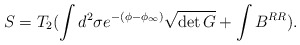
\begin{align*}S=T_{2}(\int d^{2} \sigma e^{-(\phi-\phi_{\infty})}\sqrt{\det{G}} +\int B^{RR}).\end{align*}